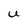
Character: U